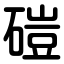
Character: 磑